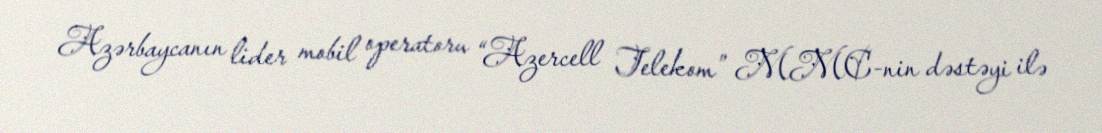
Azərbaycanın lider mobil operatoru “Azercell Telekom” MMC-nin dəstəyi ilə